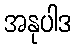
အနုပါဒ